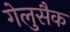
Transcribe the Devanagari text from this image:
गेलुसैक